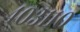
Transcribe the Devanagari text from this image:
४०३११०